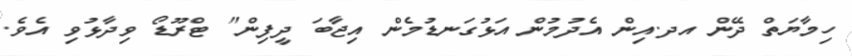
ހިމާޔަތް ދޭން އދ.އިން އެދުމުން އަޅުގަނޑުމެން އިޖާބަ ދީފިން" ޓްރޫޑޯ ވިދާޅުވި އެވެ.